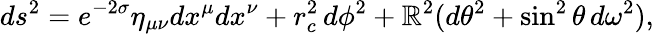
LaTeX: ds^{2}=e^{-2\sigma}\eta_{\mu\nu}dx^{\mu}dx^{\nu}+r_{c}^{2}\, d\phi^{2}+\mathbb{R}^{2}(d\theta^{2}+\sin^{2}\theta\, d\omega^{2}),